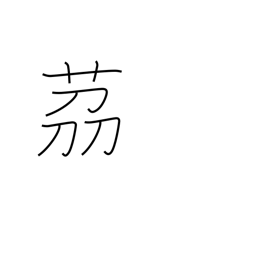
Meaning: small onion